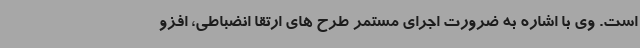
است. وی با اشاره به ضرورت اجرای مستمر طرح های ارتقا انضباطی، افزو